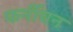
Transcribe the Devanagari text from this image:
फर्नीचन